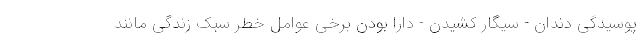
پوسیدگی دندان - سیگار کشیدن - دارا بودن برخی عوامل خطر سبک زندگی مانند